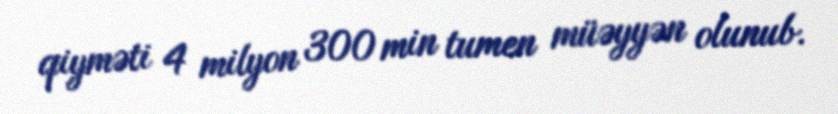
qiyməti 4 milyon 300 min tumen müəyyən olunub.